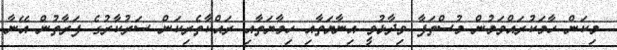
މިކަން ހާމަކުރައްވަމުން މުސްތަފާ ވިދާޅުވީ އިނާޔަތާއި ހިމާޔަތާއި ރައްކާތެރިކަން ސަރުކާރުގެ ފަރާތުން އޭނާ